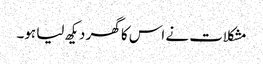
مشکلات نے اس کا گھر دیکھ لیا ہو۔